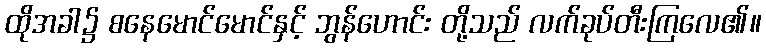
ထိုအခါ၌ စနေမောင်မောင်နှင့် ဘွန်ဟောင်း တို့သည် လက်ခုပ်တီးကြလေ၏။